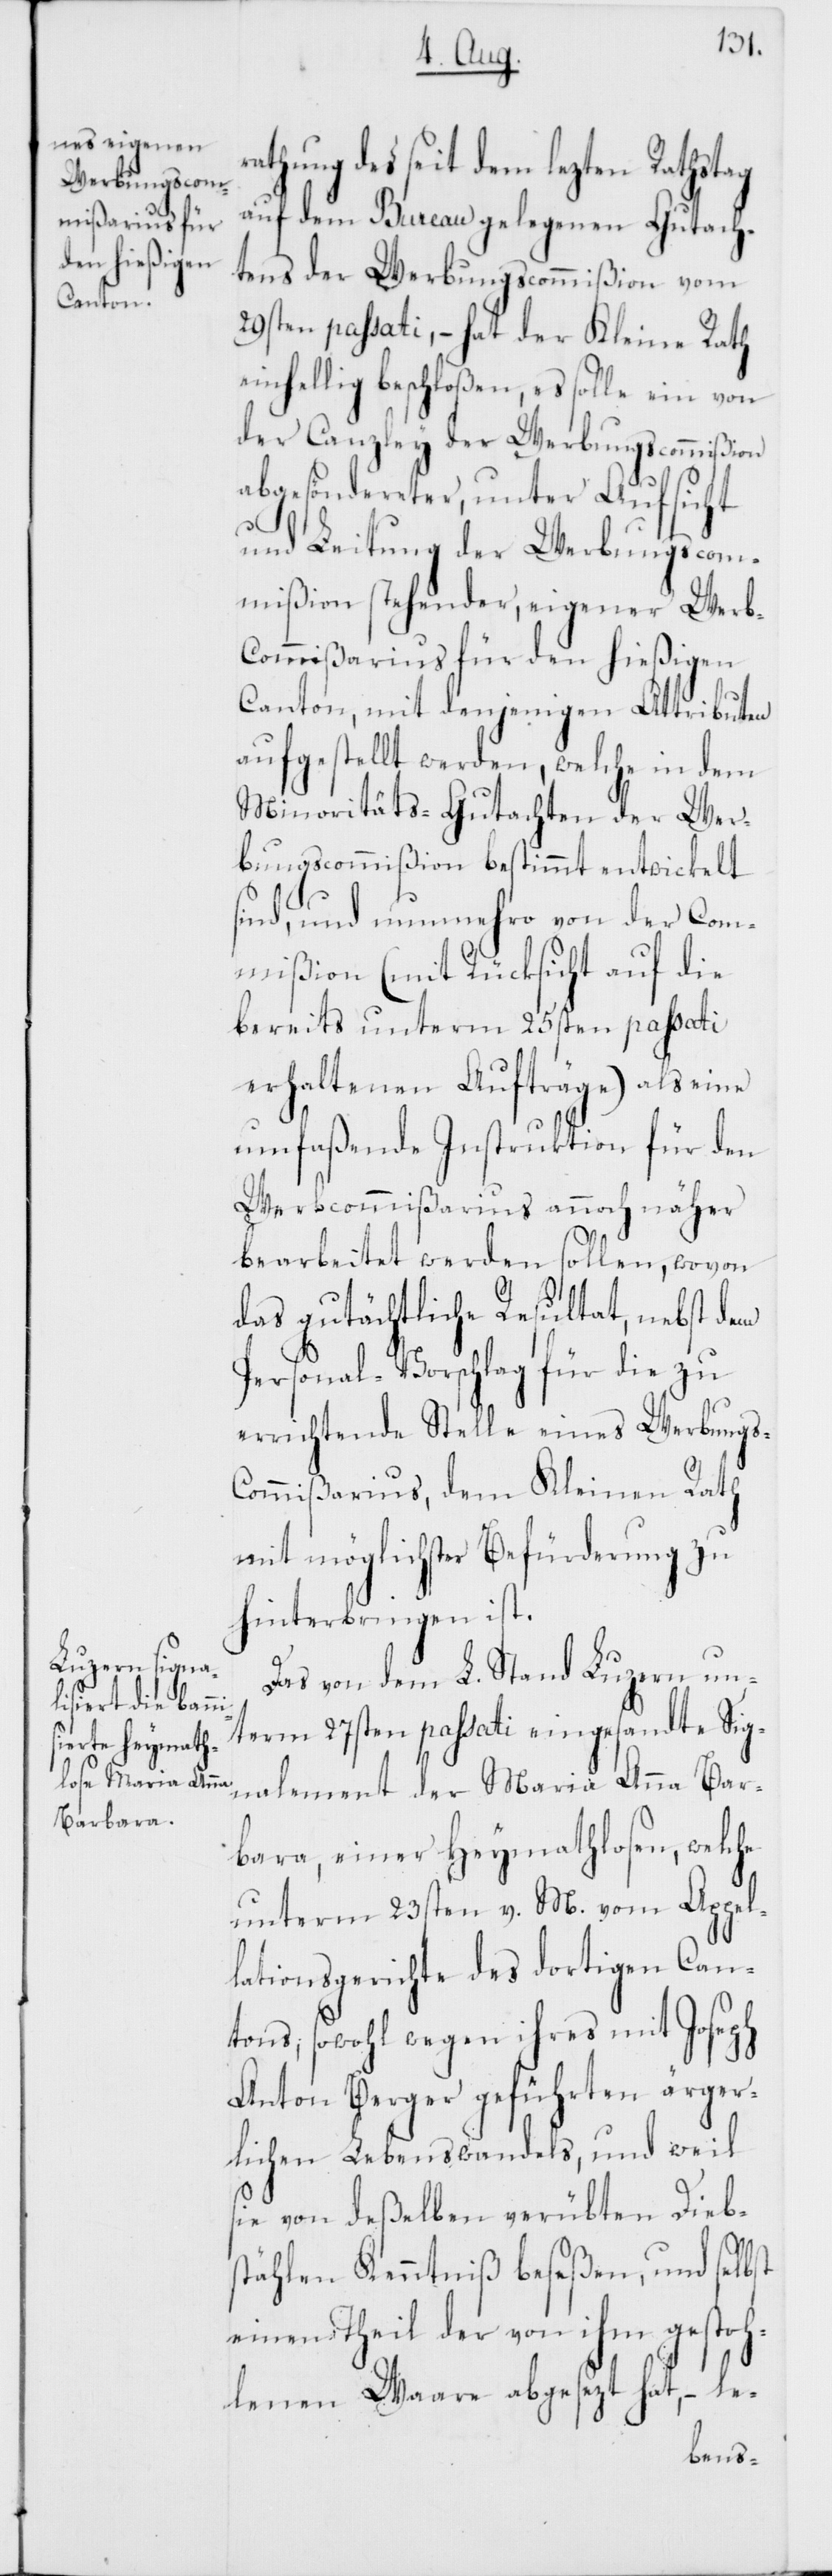
rathung des seit dem lezten Rathstag
auf dem Bureau gelegenen Gutach¬
tens der Werbungscommißion vom
29sten passati, – hat der Kleine Rath
einhellig beschloßen, es solle ein von
der Canzley der Werbungscommißion
abgesöndereter, unter Aufsicht
s-C¬
und Leitung der Werbungscom¬
mißion stehender, eigener Werb-C¬
ommißarius für den hießigen
Canton, mit denjenigen Attributen
aufgestellt werden, welche in dem
Minoritäts-Gutachten der Wer¬
bungscommißion bestimmt entwickelt
sind, und nunmehro von der Com¬
mißion (mit Rücksicht auf die
bereits unterm 25sten passati
erhaltenen Aufträge) als eine
umfaßende Instruktion für den
Werbcommißarius annoch näher
bearbeitet werden sollen, wovon
das gutächtliche Resultat, nebst dem
Personal-Vorschlag für die zu
errichtende Stelle eines Werbung¬
ommißarius, dem Kleinen Rath
mit möglichster Befürderung zu
hinterbringen ist.
Das von dem L. Stand Luzern un¬
term 27sten passati eingesandte Sig¬
nalement der Maria Anna Bar¬
bara, einer Heymathlosen, welche
unterm 23sten v. M. vom Appel¬
lationsgerichte des dortigen Can¬
tons, sowohl wegen ihres mit Joseph
Anton Berger geführten ärger¬
lichen Lebenswandels, und weil
sie von deßelben verübten Diebs¬
tählen Kenntniß beseßen, und selbst
einen Theil der von ihm gestoh¬
lenen Waare abgesezt hat, – le-